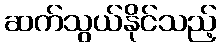
ဆက်သွယ်နိုင်သည့်